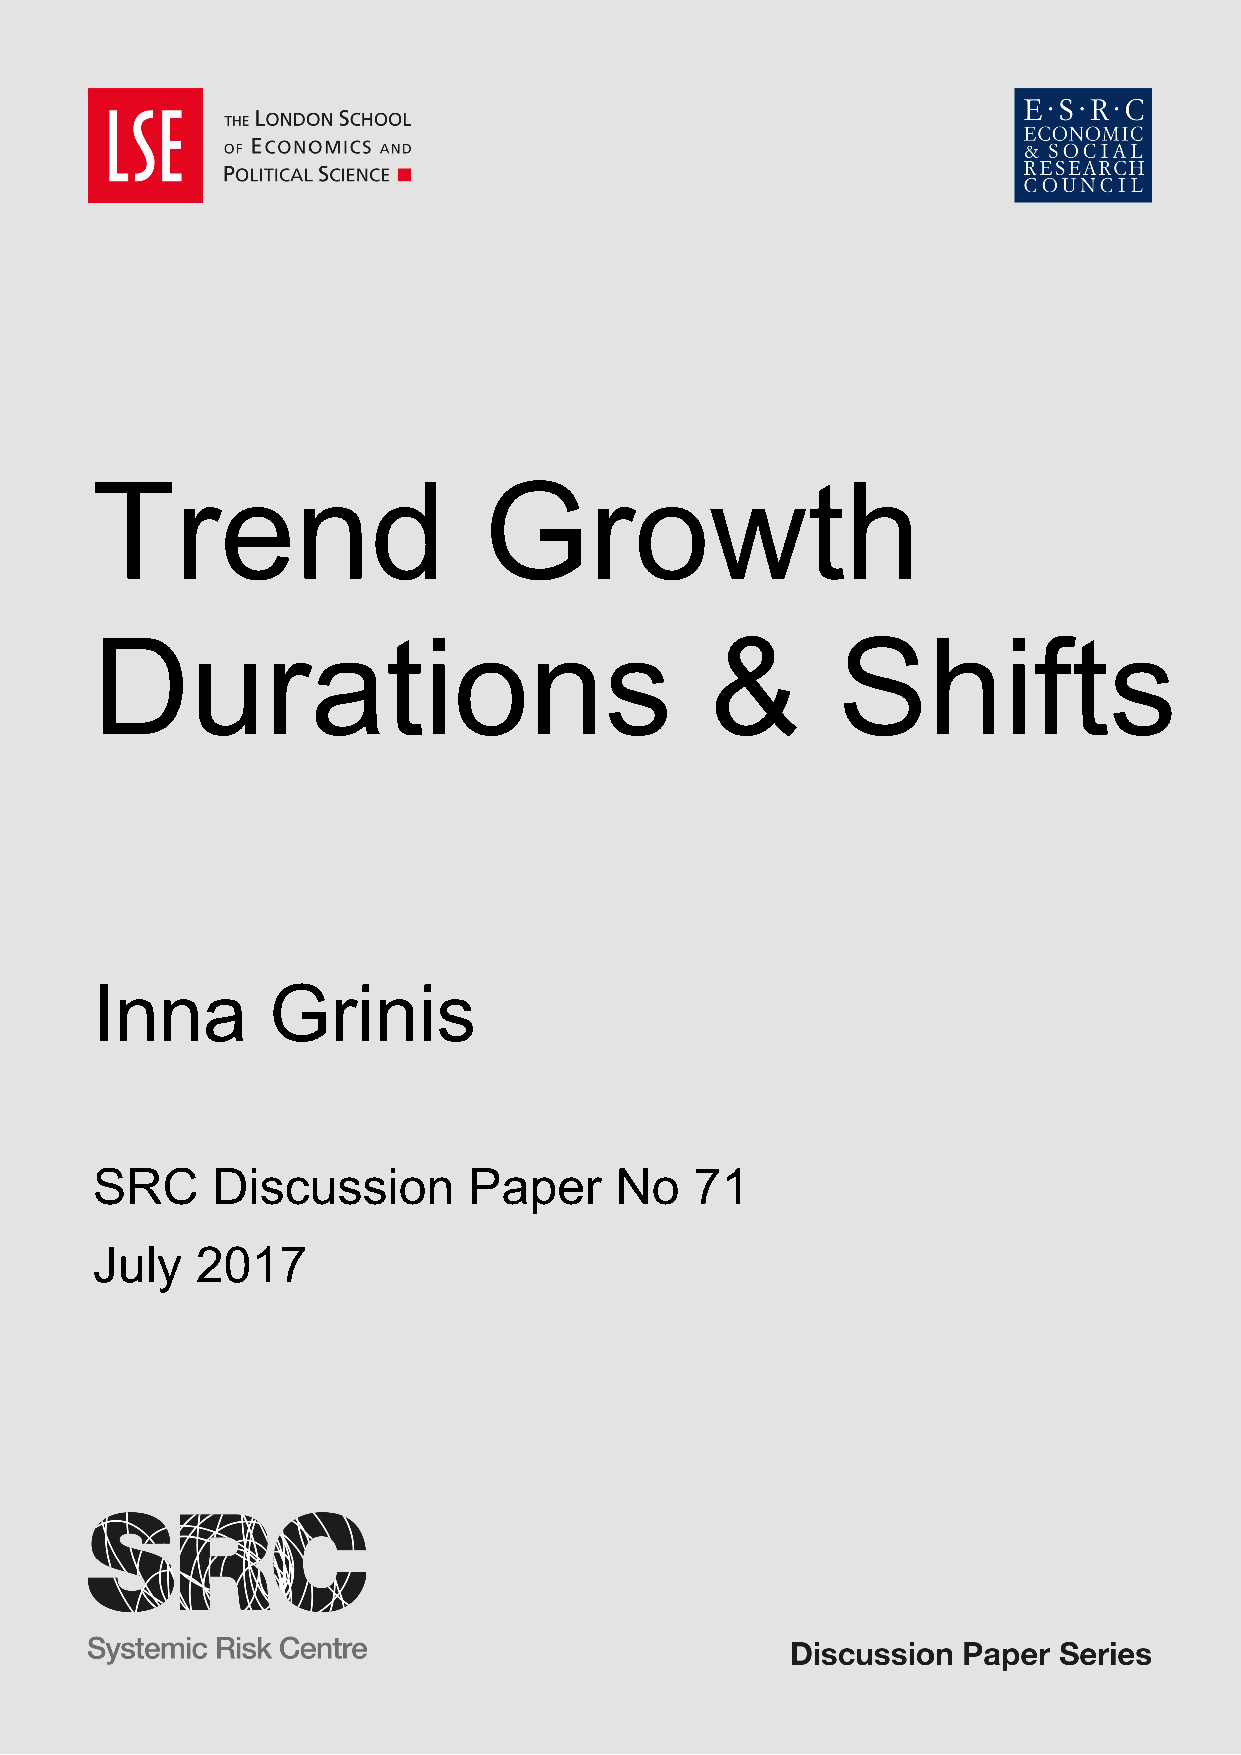
Trend                     Growth
 Durations                                &       Shifts
 Inna        Grinis
 SRC     Discussion       Paper     No   71
 July   2017